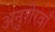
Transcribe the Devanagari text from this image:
अनुशेरवाँ